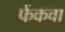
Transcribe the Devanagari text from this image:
फेंकवा